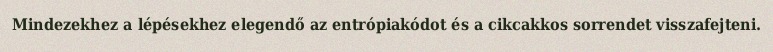
Mindezekhez a lépésekhez elegendő az entrópiakódot és a cikcakkos sorrendet visszafejteni.